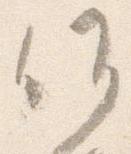
候